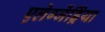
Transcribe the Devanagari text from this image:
एलेग्जेंड्रेिया